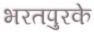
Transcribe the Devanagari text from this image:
भरतपुरके